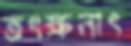
তৎক্ষনাৎ